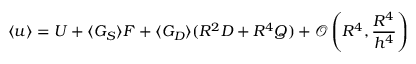
\langle u \rangle = U + \langle G _ { S } \rangle F + \langle G _ { D } \rangle ( R ^ { 2 } D + R ^ { 4 } Q ) + \mathcal { O } \left( R ^ { 4 } , \frac { R ^ { 4 } } { h ^ { 4 } } \right)